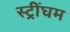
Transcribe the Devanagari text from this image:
स्ट्रींघम